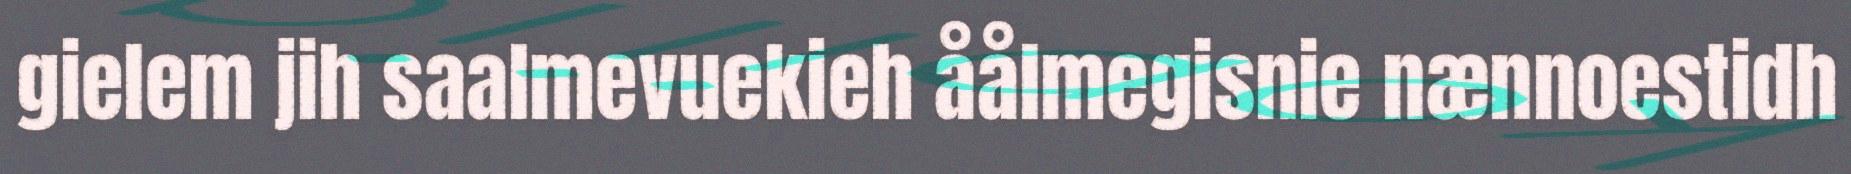
gielem jih saalmevuekieh åålmegisnie nænnoestidh